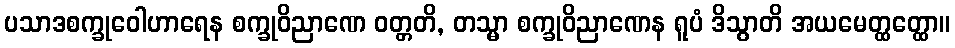
ပသာဒစက္ခုဝေါဟာရေန စက္ခုဝိညာဏေ ဝတ္တတိ, တသ္မာ စက္ခုဝိညာဏေန ရူပံ ဒိသွာတိ အယမေတ္ထတ္ထော။